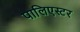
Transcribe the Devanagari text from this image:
पालिएस्टर